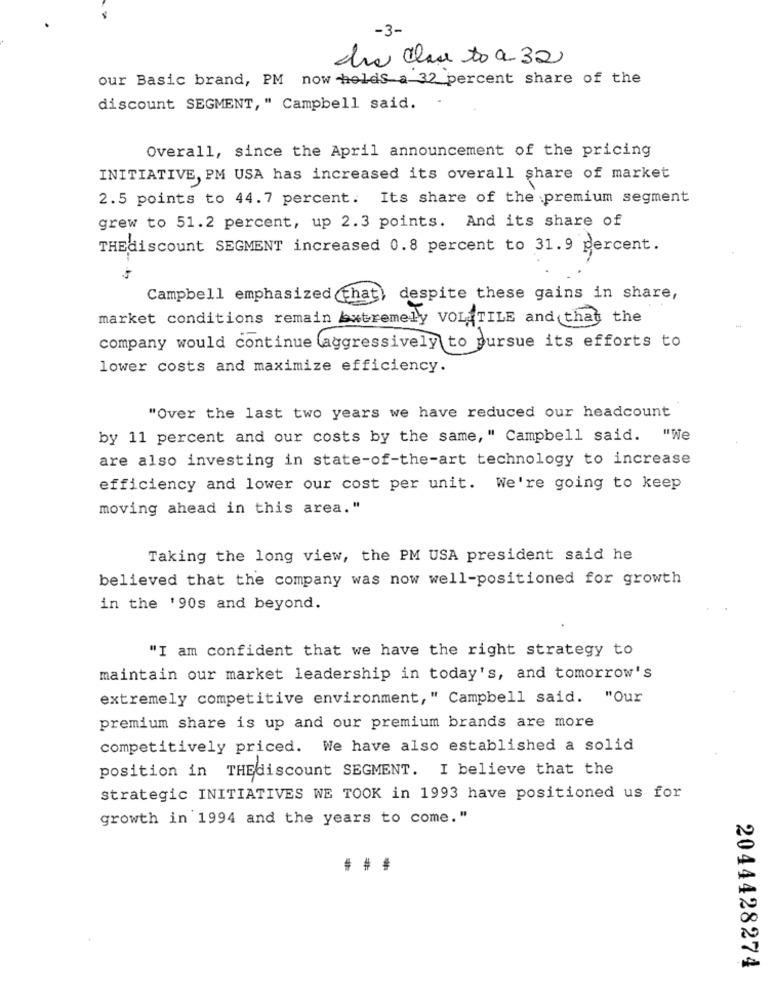
-3-
due clau to a.32
our Basic brand, PM now holds-a 32 percent share of the
discount SEGMENT, " Campbell said.
Overall, since the April announcement of the pricing
INITIATIVE, PM USA has increased its overall share of market
2.5 points to 44.7 percent. Its share of the premium segment
grew to 51.2 percent, up 2.3 points. And its share of
THEdiscount SEGMENT increased 0.8 percent to 31.9 percent.
Campbell emphasized (that)
despite these gains in share,
market conditions remain Extremely VOL TILE and that the
company would continue (aggressively to pursue its efforts to
lower costs and maximize efficiency.
"Over the last two years we have reduced our headcount
by 11 percent and our costs by the same, " Campbell said. "We
are also investing in state-of-the-art technology to increase
efficiency and lower our cost per unit. We're going to keep
moving ahead in this area."
Taking the long view, the PM USA president said he
believed that the company was now well-positioned for growth
in the '90s and beyond.
"I am confident that we have the right strategy to
maintain our market leadership in today's, and tomorrow's
extremely competitive environment," Campbell said. "Our
premium share is up and our premium brands are more
competitively priced. We have also established a solid
position in THEdiscount SEGMENT. I believe that the
strategic INITIATIVES WE TOOK in 1993 have positioned us for
growth in 1994 and the years to come."
2044428274